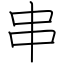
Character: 串